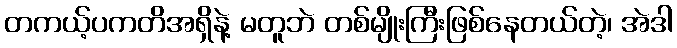
တကယ့်ပကတိအရှိနဲ့ မတူဘဲ တစ်မျိုးကြီးဖြစ်နေတယ်တဲ့၊ အဲဒါ